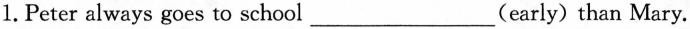
1.Peter always goes to school ___ (early) than Mary.